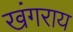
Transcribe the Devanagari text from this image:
खंगराय